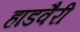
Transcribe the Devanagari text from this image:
हाडवैरी